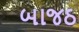
બાજઠ